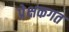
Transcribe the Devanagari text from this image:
प्रेक्षकगत